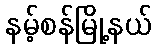
နမ့်စန်မြို့နယ်